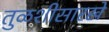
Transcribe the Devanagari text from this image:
तुळशीसारखे